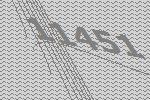
11451